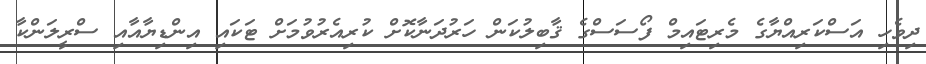
ދިވެހި އަސްކަރިއްޔާގެ މެރިޓައިމް ފޯސަސްގެ ޤާބިލުކަން ހަރުދަނާކޮށް ކުރިއެރުވުމަށް ޓަކައި އިންޑިޔާއާއި ސްރީލަންކާ